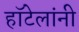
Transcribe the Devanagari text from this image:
हॉटेलांनी